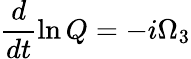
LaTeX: \frac{d}{dt}\ln Q=-i\Omega_{3}